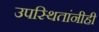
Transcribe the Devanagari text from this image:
उपस्थितांनीही